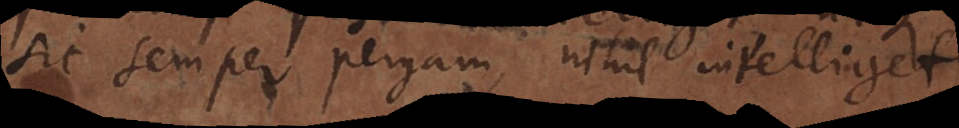
sic semper pergam, nihil intelliget